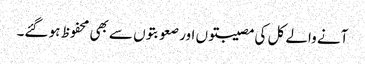
آنے والے کل کی مصیبتوں اور صعوبتوں سے بھی محفوظ ہو گئے۔